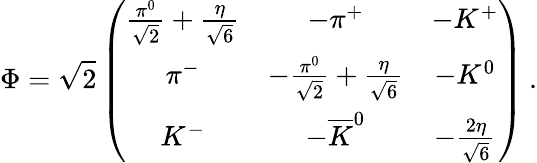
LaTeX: \Phi=\sqrt{2}\left(\begin{array}{ccc}{{\frac{\pi^{0}}{\sqrt{2}}+\frac{\eta}{\sqrt{6}}}}&{{-\pi^{+}}}&{{-K^{+}}}\\ {{\pi^{-}}}&{{-\frac{\pi^{0}}{\sqrt{2}}+\frac{\eta}{\sqrt{6}}}}&{{-K^{0}}}\\ {{K^{-}}}&{{-\overline{{{K}}}^{0}}}&{{-\frac{2\eta}{\sqrt{6}}}}\end{array}\right)\: .